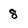
Character: 8